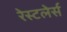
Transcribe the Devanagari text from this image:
रेस्टलेर्स